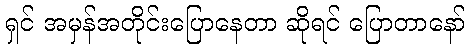
ရှင် အမှန်အတိုင်းပြောနေတာ ဆိုရင် ပြောတာနော်